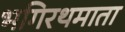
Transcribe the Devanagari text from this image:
भगिरथमाता